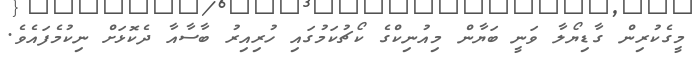
މީގެކުރިން ގާޑިޔޯލާ ވަނީ ބަޔާން މިއުނިކްގެ ކޯޗުކަމުގައި ހުރިއިރު ބާސާއާ ދެކޮޅަށް ނިކުމެފައެވެ.